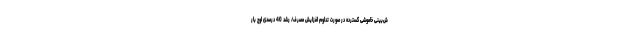
ش‌بینی خاموشی گسترده در صورت تداوم افزایش مصرف/ رشد 40 درصدی اوج بار